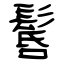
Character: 䯺